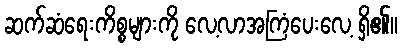
ဆက်ဆံရေးကိစ္စများကို လေ့လာအကြံပေးလေ့ ရှိ၏။